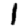
Digit: 1